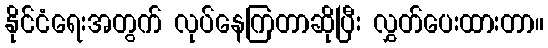
နိုင်ငံရေးအတွက် လုပ်နေကြတာဆိုပြီး လွှတ်ပေးထားတာ။